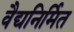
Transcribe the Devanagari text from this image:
वैद्यनिर्मित